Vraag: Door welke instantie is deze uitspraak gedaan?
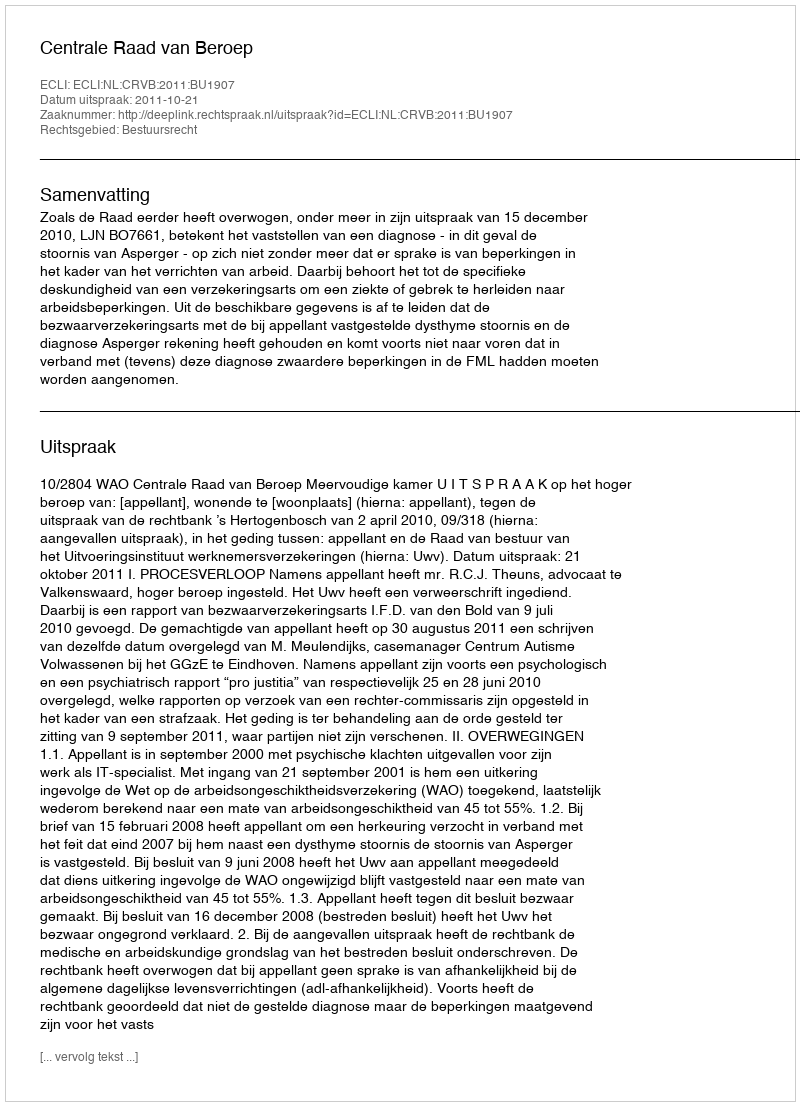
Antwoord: Centrale Raad van Beroep